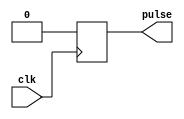
module rising_edge_pulse_generator (
    input clk,
    output reg pulse
);

always @ (posedge clk)
begin
    pulse <= 1;
    #1 pulse <= 0;
end

endmodule